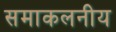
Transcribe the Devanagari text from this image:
समाकलनीय